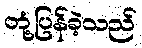
တုံ့ပြန်ခဲ့သည်